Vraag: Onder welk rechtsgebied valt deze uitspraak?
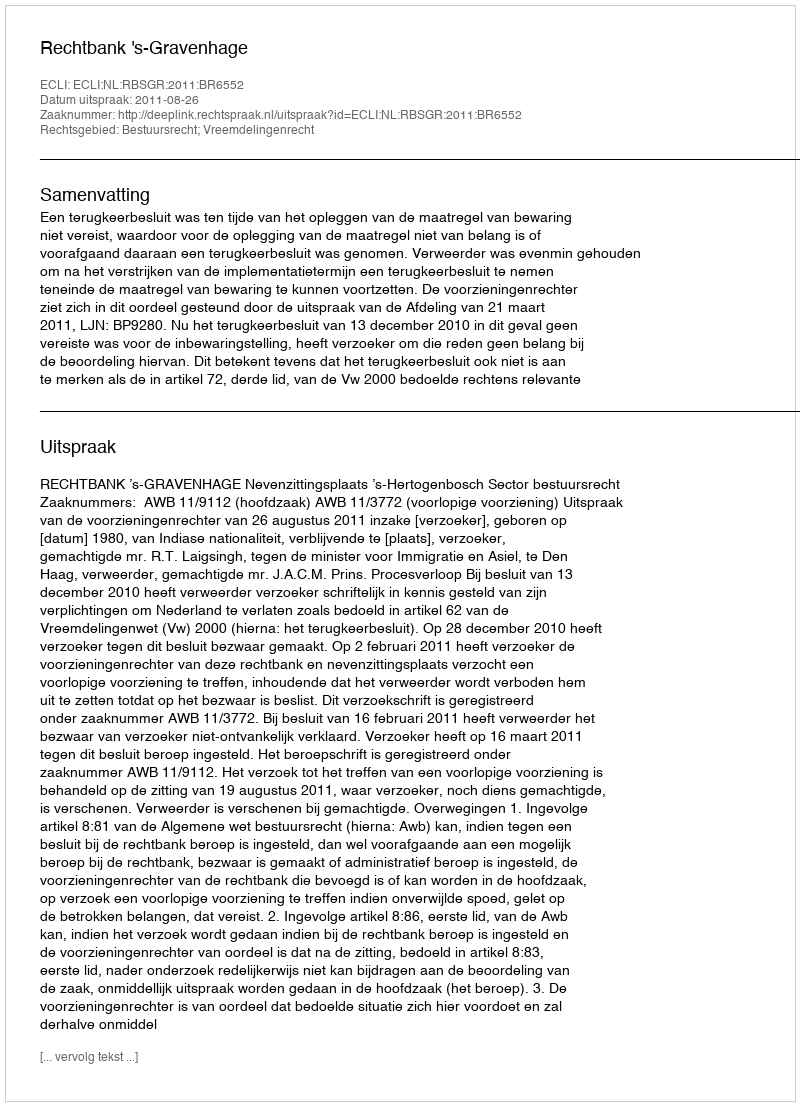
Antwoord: Bestuursrecht; Vreemdelingenrecht